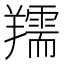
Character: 羺